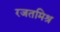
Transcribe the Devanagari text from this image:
रजतमिश्र